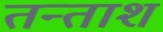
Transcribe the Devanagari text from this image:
तन्ताश